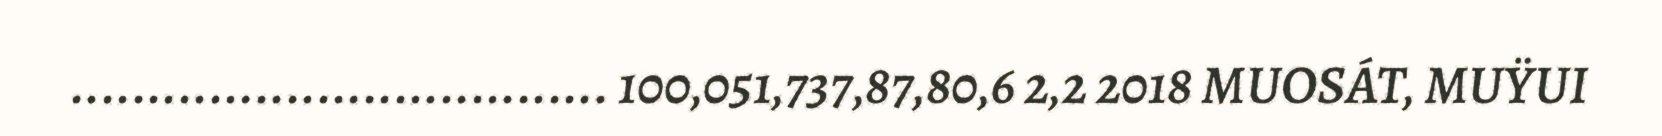
................................... 100,051,737,87,80,6 2,2 2018 MUOSÁT, MUŸUI